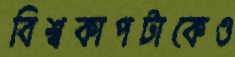
বিশ্বকাপটাকেও